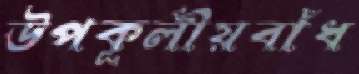
উপকূলীয়বাঁধ